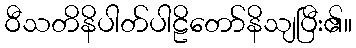
ဝီသတိနိပါတ်ပါဠိတော်နိသျပြီး၏။